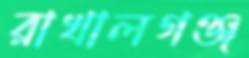
রাখালগঞ্জ